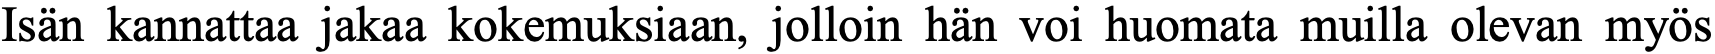
Isän kannattaa jakaa kokemuksiaan, jolloin hän voi huomata muilla olevan myös